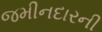
જમીનદારની